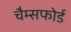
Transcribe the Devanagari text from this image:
चैम्सफोर्ड